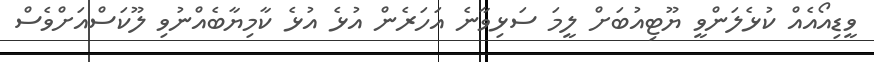
ވީޑިއޯއެއް ކުޅެލަންވީ ޔޫޓިއުބަށް ލީމަ ސަޅިވާނެ އަހަރެން އުޅެ އުޅެ ކާމިޔާބެއްނުވި ލޫކަސްއަށްވެސް